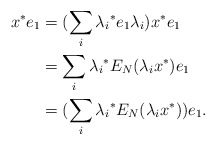
\begin{align*}x^*e_1 & = (\sum_i{\lambda_i}^*e_1\lambda_i)x^*e_1\\ & = \sum_i{\lambda_i}^*E_N(\lambda_ix^*)e_1\\ & = (\sum_i{\lambda_i}^*E_N(\lambda_ix^*))e_1.\end{align*}